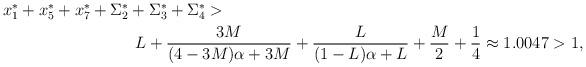
LaTeX: \begin{align*}\begin{multlined}x_1^*+x_5^*+x_7^*+\Sigma_2^*+\Sigma_3^*+\Sigma_4^*>\\\shoveleft[3cm]{L+\frac{3M}{(4-3M)\alpha+3M}+\frac{L}{(1-L)\alpha+L}+\frac{M}{2}+\frac{1}{4}\approx 1.0047>1,}\end{multlined}\end{align*}